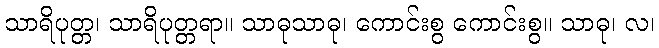
သာရိပုတ္တ၊ သာရိပုတ္တရာ။ သာဓုသာဓု၊ ကောင်းစွ ကောင်းစွ။ သာဓု၊ လ၊